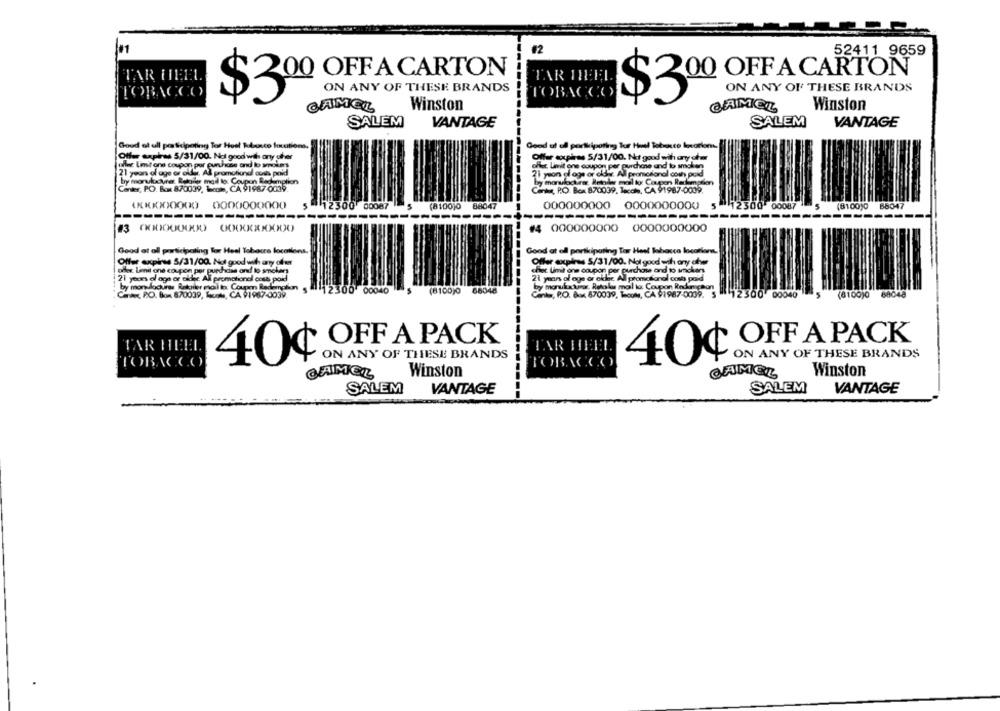
#2
52411 9659
TAR HEEL
TAR HEEL
200 OFF A CARTON
TOBACCO
$300 OFF A CARTON
ON ANY OF THESE BRANDS
TOBACCO
ON ANY OF THESE BRANDS
$3
CAMELL
Winston
Winston
CAMEL
SALEM
VANTAGE
SALEM
VANTAGE
Goud of all participating Tor Huel Ktanco locations.
Good at all participating Tur Huel Tobacco lavarlon.
Offer expires 5/31/00. Not good wih ary cher
Offer exph= 5/31/00, Not good with any other
allez Limit one coupon por purchase and lo smokers
offer. Limit one coupon per purchase and lo smaken
21 years of age or older, Al promotional coss poid
21 yeon al ogs or oldir. All promotional coth paid
by monloovre Reikte mad to: Coupon Redemption
by monulochest Retoder mail to: Coupon Ratemation
Center, P.O. Box 870039, come, CA 91987 0039.
Center, P.O. Box 870039, lecch, CA 91987-0009.
XXXXX0)0000 0000000000
5 12300 00087 5 (8100)0
(8100)0 88047
000000000
0000000000 5 1230000087
(8100)0 68047
#4 000000000 0000000000
Good at all participating Tor Heel Tobacre locations.
Good at all portkiputing Tar Heel labocca location.
Offer expires 5/31/00. Not good with any ofant
Offer expires 5/31/00. Not good with any ofwer
offer. Limnil one coupon por purchase ond lo smokers
chist Limit one coupon per purchase and to imckers
21 yoors al age or older All promotional cost poid
21 years of age or oklic All promotional costs poid
by monulucrar. Retolas mail to: Coupon Reddings
by monulocuras Ratoiler mal to Coupon Redamghan $ 12300' 00040
(8100)9 66048
Canc PO. Box 870039, Tacote, CA 91987-0039
Cant, P.O. Box 870039, Tool, CA 91987-0009. 5 12500 00040
12500 00040
5 (8100)0
88048
OFF A PACK
OFF A PACK
TAR HEEL
-----
TAR HEEL
ON ANY OF THESE BRANDS
ON ANY OF THESE BRANDS
TOBACCO
40¢
TOBACCO
40¢
CAMEL
Winston
CAMEL
Winston
SALEM
VANTAGE
SALEM
VANTAGE